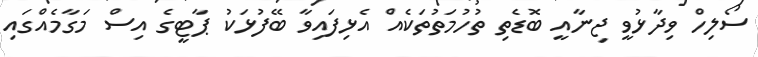
ސޯލިހް ވިދާޅުވީ ޖިނާއީ ބޮޑެތި ތުހުމަތުތަކެއް އެޅިފައިވާ ބޭފުޅަކު ޕާޓީގެ އިސް މަގާމެއްގައި